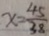
x = \frac { 4 5 } { 3 8 }